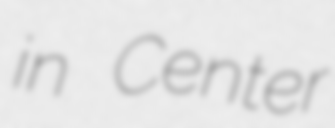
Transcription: in Center